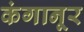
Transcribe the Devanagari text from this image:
कंगानूर